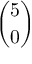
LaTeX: \binom { 5 } { 0 }